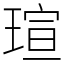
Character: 瑄